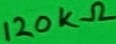
Text: 120KΩ